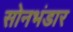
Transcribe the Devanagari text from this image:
सोनभंडार